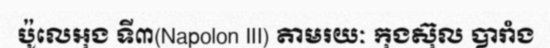
ប៉ូលេអុង ទី៣(Napolon III) តាមរយៈ កុងស៊ុល បារាំង